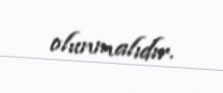
olunmalıdır.